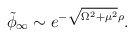
\begin{align*}\tilde \phi_\infty \sim e^{-\sqrt{\Omega^2 + \mu^2} \rho}.\end{align*}